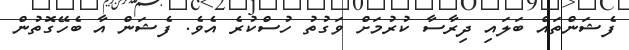
ފެޝަންތައް ބަލައި ދިރާސާ ކުރުމަށް ވަގުތު ހުސްކުރެ އެވެ. ފެޝަން އާ ބެހޭގޮތުން